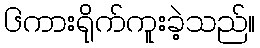
၆ကားရိုက်ကူးခဲ့သည်။